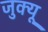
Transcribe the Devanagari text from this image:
जुक्यू